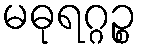
မဓုရဂ္ဂဉ္စ